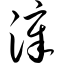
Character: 漳